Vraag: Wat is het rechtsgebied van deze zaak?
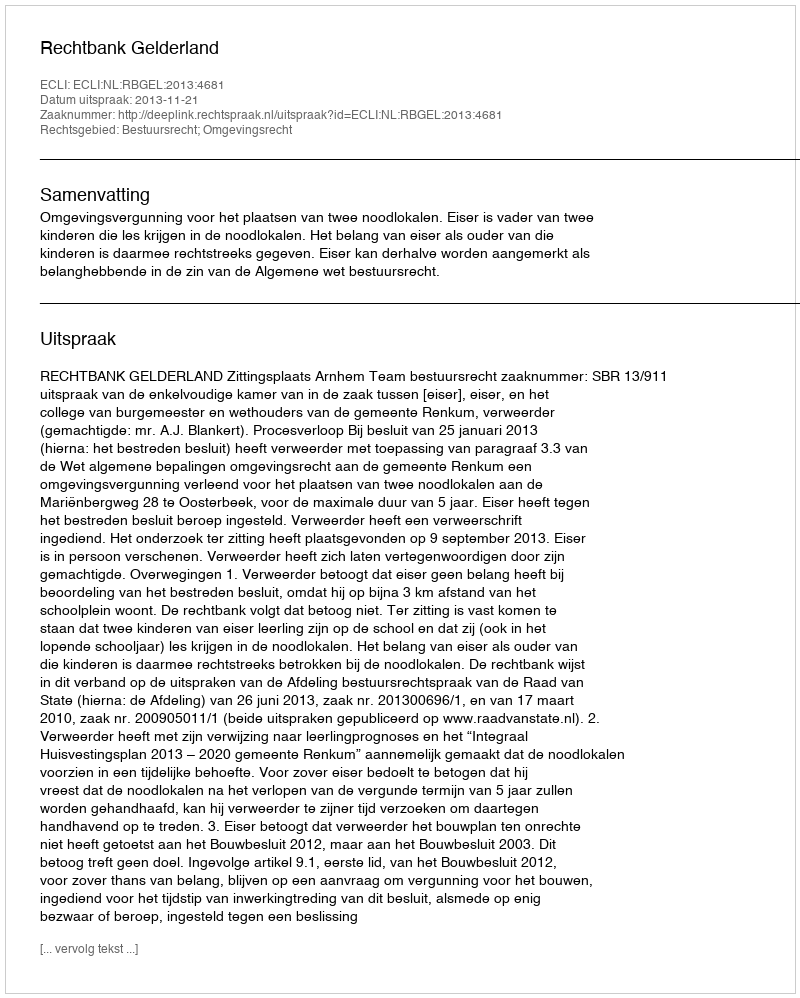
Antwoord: Bestuursrecht; Omgevingsrecht